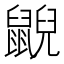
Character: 𪕨